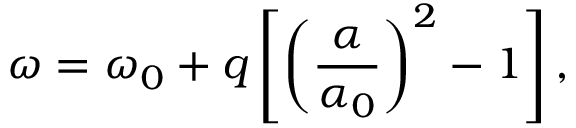
\omega = \omega _ { 0 } + q \left[ \left( \frac { \alpha } { \alpha _ { 0 } } \right) ^ { 2 } - 1 \right] ,